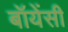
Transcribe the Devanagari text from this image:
बॉयेंसी